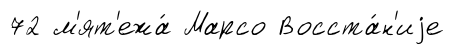
72 м'ят'ежа́ Марсо Восста́н'иjе